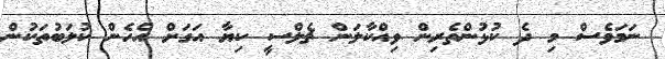
ނަމަވެސް މި ދެ ކުޅުންތެރިން ވިއްކާލަން ޗެލްސީ ކިޔާ އަގަށް އެހެން ކުލަބުތަކުން